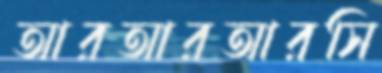
আরআরআরসি